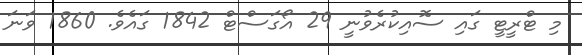
މި ޓްރީޓީ ގައި ސޮއިކުރެވުނީ 29 އޯގަސްޓް 1842 ގައެވެ. 1860 ވަނަ